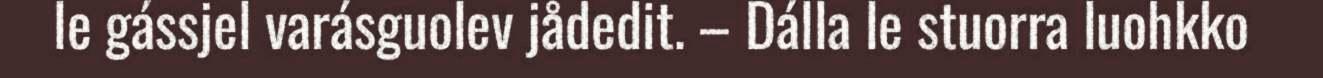
le gássjel varásguolev jådedit. – Dálla le stuorra luohkko